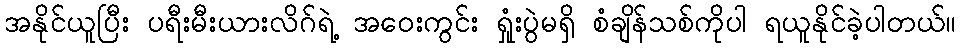
အနိုင်ယူပြီး ပရီးမီးယားလိဂ်ရဲ့ အဝေးကွင်း ရှုံးပွဲမရှိ စံချိန်သစ်ကိုပါ ရယူနိုင်ခဲ့ပါတယ်။